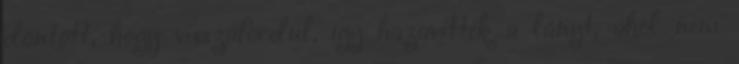
döntött, hogy visszafordul, így hazavitték a lányt, ahol nem